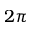
2 \pi